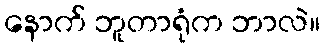
နောက် ဘူတာရုံက ဘာလဲ။